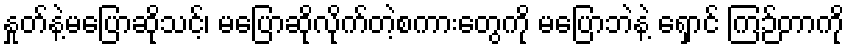
နှုတ်နဲ့မပြောဆိုသင့်၊ မပြောဆိုလိုက်တဲ့စကားတွေကို မပြောဘဲနဲ့ ရှောင် ကြဉ်တာကို